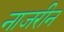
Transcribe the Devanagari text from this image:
नाजरीन